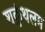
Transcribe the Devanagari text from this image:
शकुंथलम